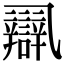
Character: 𨐾